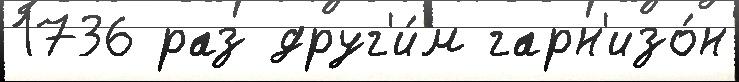
1736 раз друг'и́м гарн'изо́н